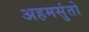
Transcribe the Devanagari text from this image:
अहमसुंतो